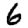
Digit: 6